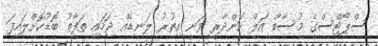
ސްޕޯޓްސްގެ މުސާބް އަލް ކަންދާރީ ވަނީ އިތުރު ލަނޑެއް ޖަހައި ތަފާތު ބޮޑުކޮށްލައިފަ